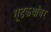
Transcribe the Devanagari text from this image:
गूढकथांवर